Report on vaccination North-West Frontier Province 1904-1922 - 1904-1922
Year: 1904
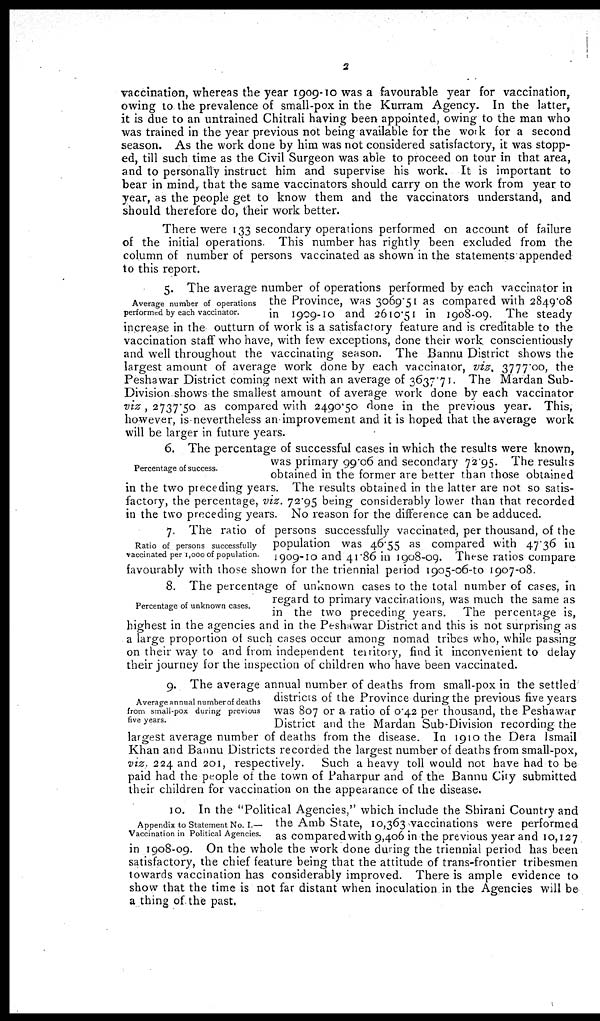
2
vaccination, whereas the year 1909-10 was a favourable year for vaccination,
owing to the prevalence of small-pox in the Kurram Agency. In the latter,
it is due to an untrained Chitrali having been appointed, owing to the man who
was trained in the year previous not being available for the work for a second
season. As the work done by him was not considered satisfactory, it was stopp-
ed, till such time as the Civil Surgeon was able to proceed on tour in that area,
and to personally instruct him and supervise his work. It is important to
bear in mind, that the same vaccinators should carry on the work from year to
year, as the people get to know them and the vaccinators understand, and
should therefore do, their work better.
There were 133 secondary operations performed on account of failure
of the initial operations. This number has rightly been excluded from the
column of number of persons vaccinated as shown in the statements appended
to this report.
Average number of operations
performed by each vaccinator.
5. The average number of operations performed by each vaccinator in
the Province, was 3069.51 as compared with 2849.08
in 1909-10 and 2610.51 in 1908-09. The steady
increase in the outturn of work is a satisfactory feature and is creditable to the
vaccination staff who have, with few exceptions, done their work conscientiously
and well throughout the vaccinating season. The Bannu District shows the
largest amount of average work done by each vaccinator, viz. 3777.00, the
Peshawar District coming next with an average of 3637.71. The Mardan Sub-
Division shows the smallest amount of average work done by each vaccinator
viz, 2737.50 as compared with 2490.50 done in the previous year. This,
however, is nevertheless an improvement and it is hoped that the average work
will be larger in future years.
Percentage of success.
6. The percentage of successful cases in which the results were known,
was primary 99.06 and secondary 72.95. The results
obtained in the former are better than those obtained
in the two preceding years. The results obtained in the latter are not so satis-
factory, the percentage, viz. 72.95 being considerably lower than that recorded
in the two preceding years. No reason for the difference can be adduced.
Ratio of persons successfully
vaccinated per 1,000 of population.
7. The ratio of persons successfully vaccinated, per thousand, of the
population was 46.55 as compared with 47.36 in
1909-10 and 41.86 in 1908-09. These ratios compare
favourably with those shown for the triennial period 1905-06-to 1907-08.
Percentage of unknown cases.
8. The percentage of unknown cases to the total number of cases, in
regard to primary vaccinations, was much the same as
in the two preceding years. The percentage is,
highest in the agencies and in the Peshawar District and this is not surprising as
a large proportion of such cases occur among nomad tribes who, while passing
on their way to and from independent teritory, find it inconvenient to delay
their journey for the inspection of children who have been vaccinated.
Average annual number of deaths
from small-pox during previous
five years.
9. The average annual number of deaths from small-pox in the settled
districts of the Province during the previous five years
was 807 or a ratio of 0.42 per thousand, the Peshawar
District and the Mardan Sub-Division recording the
largest average number of deaths from the disease. In 1910 the Dera Ismail
Khan and Bannu Districts recorded the largest number of deaths from small-pox,
viz. 224 and 201, respectively.
Such a heavy toll would not have had to be
paid had the people of the town of Paharpur and of the Bannu City submitted
their children for vaccination on the appearance of the disease.
Appendix to Statement No. I.—
Vaccination in Political Agencies.
10. In the "Political Agencies," which include the Shirani Country and
the Amb State, 10,363 vaccinations were performed
as compared with 9,406 in the previous year and 10,127
in 1908-09. On the whole the work done during the triennial period has been
satisfactory, the chief feature being that the attitude of trans-frontier tribesmen
towards vaccination has considerably improved. There is ample evidence to
show that the time is not far distant when inoculation in the Agencies will be
a thing of the past.